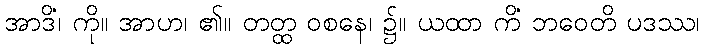
အာဒိံ၊ ကို။ အာဟ၊ ၏။ တတ္ထ ဝစနေ၊ ၌။ ယထာ ကိံ ဘဝေတိ ပဒဿ၊